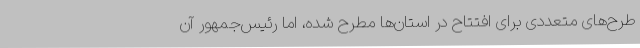
طرح‌های متعددی برای افتتاح در استان‌ها مطرح شده، اما رئیس‌جمهور آن